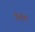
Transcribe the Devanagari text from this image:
शिंव